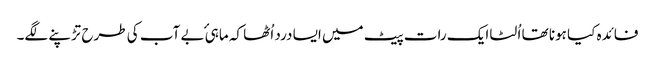
فائدہ کیا ہونا تھا اُلٹا ایک رات پیٹ میں ایسا درد اُٹھا کہ ماہیٔ بے آب کی طرح تڑپنے لگے۔